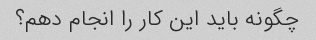
چگونه باید این کار را انجام دهم؟